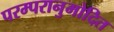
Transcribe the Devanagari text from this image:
परम्परानुमोदित